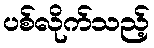
ပစ်လိုက်သည့်